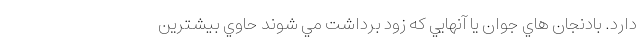
دارد. بادنجان هاي جوان يا آنهايي كه زود برداشت مي شوند حاوي بيشترين